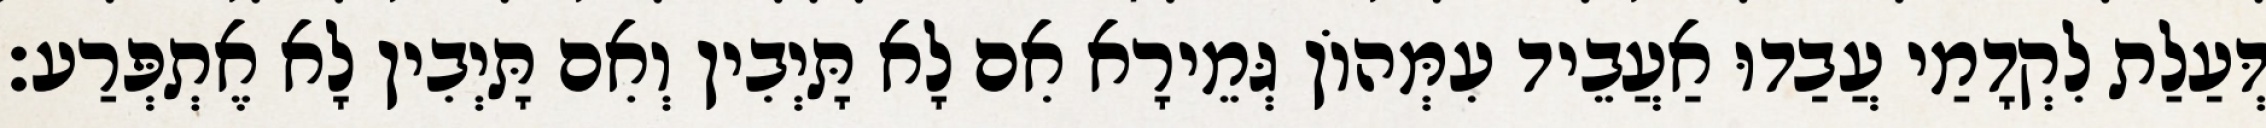
דְּעַלַת לִקְדָמַי עֲבַדוּ אַעֲבֵיד עִמְּהוֹן גְּמֵירָא אִם לָא תָּיְבִין וְאִם תָּיְבִין לָא אֶתְפְּרַע׃